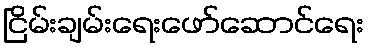
ငြိမ်းချမ်းရေးဖော်ဆောင်ရေး